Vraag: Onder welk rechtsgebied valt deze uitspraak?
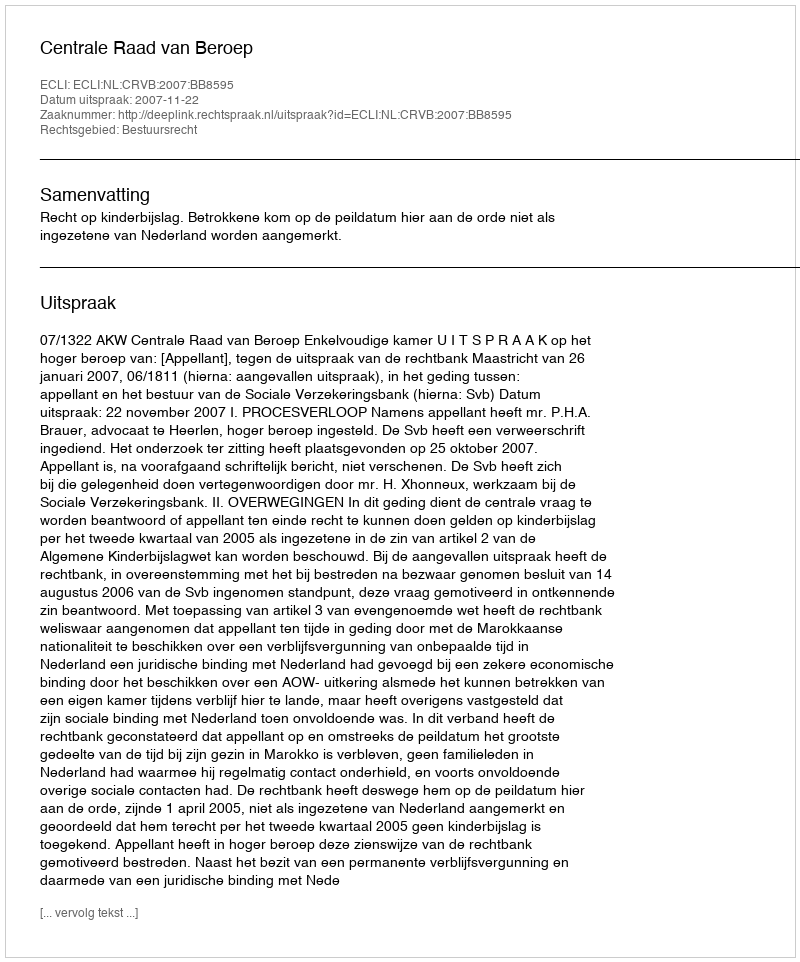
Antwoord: Bestuursrecht